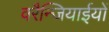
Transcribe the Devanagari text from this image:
वरैन्जियाईयों